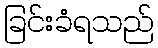
ခြင်းခံရသည်